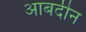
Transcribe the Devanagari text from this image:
आबदीन